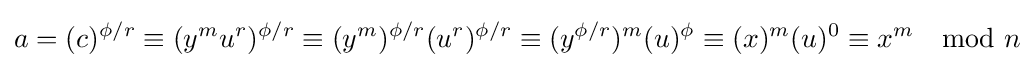
a=(c)^{\phi /r}\equiv (y^{m}u^{r})^{\phi /r}\equiv (y^{m})^{\phi /r}(u^{r})^{\phi /r}\equiv (y^{\phi /r})^{m}(u)^{\phi }\equiv (x)^{m}(u)^{0}\equiv x^{m}\mod n